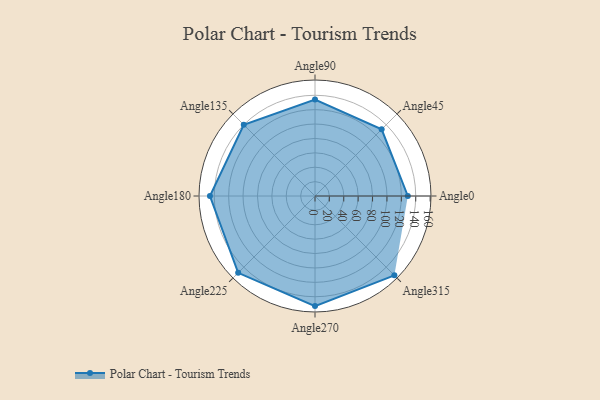
{"axis": {"x": "Angle", "y": "Radius"}, "legend": [""], "data": [{"x": "Angle0", "y": 129.0, "type": ""}, {"x": "Angle45", "y": 131.0, "type": ""}, {"x": "Angle90", "y": 134.0, "type": ""}, {"x": "Angle135", "y": 140.0, "type": ""}, {"x": "Angle180", "y": 146.0, "type": ""}, {"x": "Angle225", "y": 151.0, "type": ""}, {"x": "Angle270", "y": 153.0, "type": ""}, {"x": "Angle315", "y": 156.0, "type": ""}]}